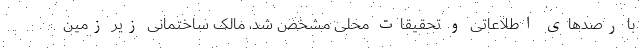
با رصدهای اطلاعاتی و تحقیقات محلی مشخص شد، مالک ساختمانی زیر زمین